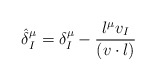
\begin{align*}\hat{\delta}_I^{\mu}=\delta_I^{\mu}-{l^{\mu} v_I\over (v\cdot l)}\end{align*}